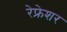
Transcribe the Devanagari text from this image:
रेफ्रेशर